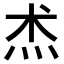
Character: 𤇍